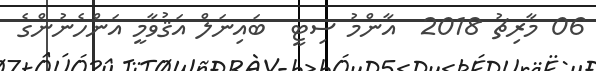
06 މާރިޗު 2018  އާންމު ސިޓީ  ބައިނަލް އަޤުވާމީ އަންހެނުންގެ